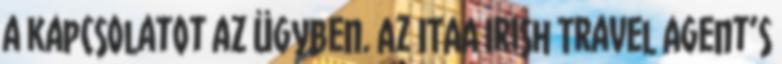
a kapcsolatot az ügyben. Az ITAA Irish Travel Agent’s